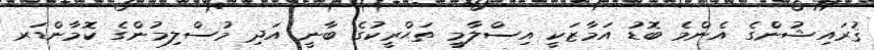
ޤުރައިޝުންގެ އެންމެ ބޮޑު އަމާޒަކީ އިސްލާމީ ތަޙްރީކުގެ ބާނީ އަދި މުސްލިމުންގެ ކޮމާންޑަރ